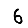
Digit: 6